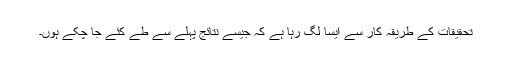
تحقیقات کے طریقہ کار سے ایسا لگ رہا ہے کہ جیسے نتائج پہلے سے طے کئے جا چکے ہوں۔